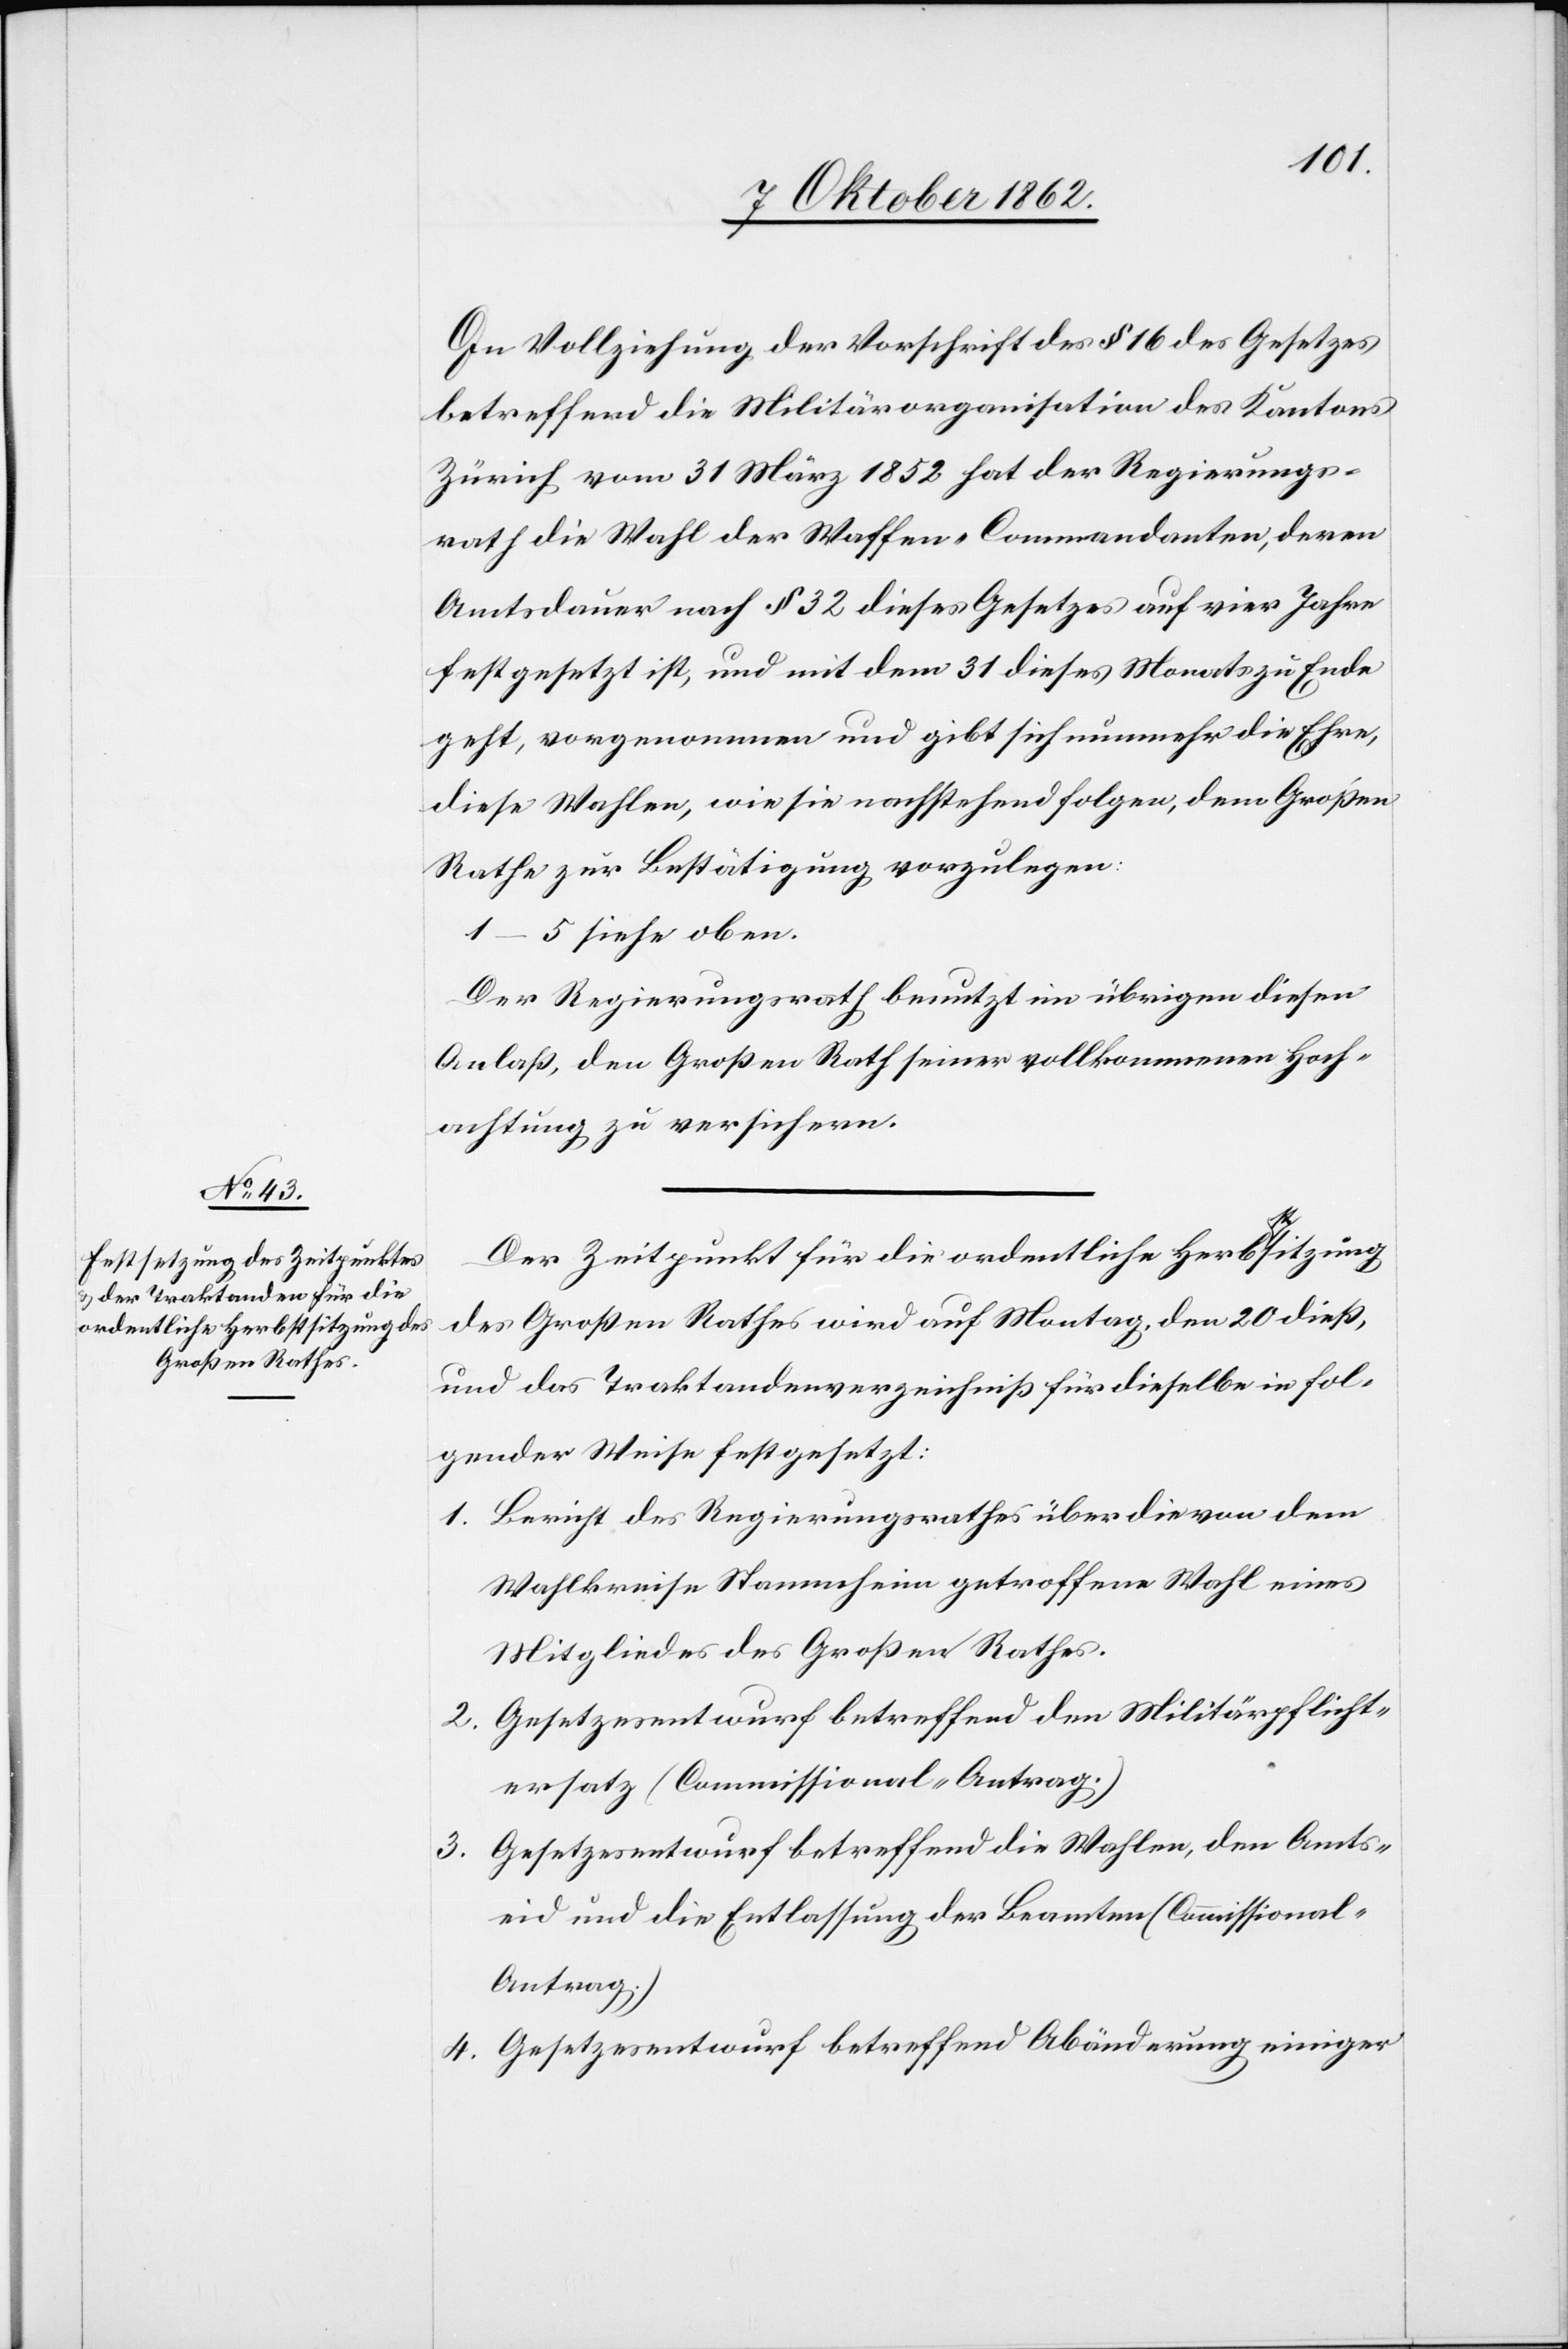
In Vollziehung der Vorschrift des §. 16 des Gesetzes
betreffend die Militärorganisation des Kantons
Zürich vom 31. März 1852 hat der Regierungs¬
rath die Wahl der Waffen-Commandanten, deren
Amtsdauer nach §. 32 dieses Gesetzes auf vier Jahre
festgesetzt ist, und mit dem 31. dieses Monats zu Ende
geht, vorgenommen und gibt sich nunmehr die Ehre,
diese Wahlen, wie sie nachstehend folgen, dem Großen
Rathe zur Bestätigung vorzulegen.
1–5 siehe oben.
Der Regierungsrath benutzt im übrigen diesen
Anlaß, den Großen Rath seiner vollkommenen Hoch¬
achtung zu versichern.
Der Zeitpunkt für die ordentliche Herbstsitzung
des Großen Rathes wird auf Montag, den 20. dieß,
und das Traktandenverzeichniß für dieselbe ist fol¬
gender Weise festgesetzt:
1. Bericht des Regierungsrathes über die von dem
Wahlkreise Stammheim getroffene Wahl eines
Mitgliedes des Großen Rathes.
2. Gesetzesentwurf betreffend den Militärpflicht¬
ersatz (Commissional-Antrag.)
3. Gesetzesentwurf betreffend die Wahlen, den Amts¬
eid und die Entlassung der Beamten (Commissional-A¬
ntrag.)
4. Gesetzesentwurf betreffend Abänderung einiger